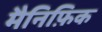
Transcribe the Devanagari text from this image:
मैनिफ़िक